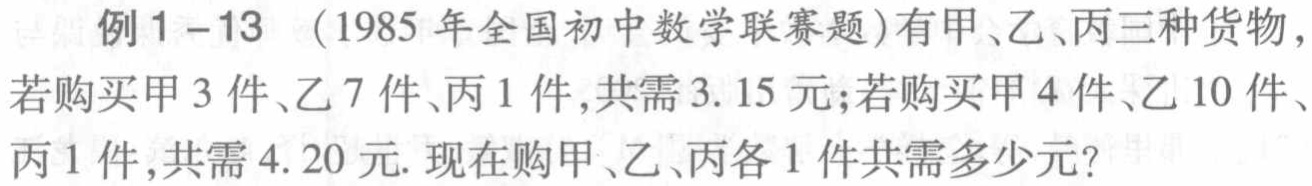
例1-13 （1985年全国初中数学联赛题）有甲、乙、丙三种货物，若购买甲3件、乙7件、丙1件，共需3.15元；若购买甲4件、乙10件、丙1件，共需4.20元. 现在购甲、乙、丙各1件共需多少元？